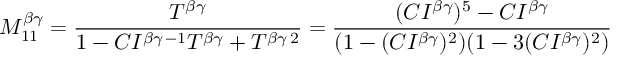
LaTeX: M _ { 1 1 } ^ { \beta \gamma } = \frac { T ^ { \beta \gamma } } { 1 - C I ^ { \beta \gamma \, - 1 } T ^ { \beta \gamma } + T ^ { \beta \gamma \, 2 } } = \frac { ( C I ^ { \beta \gamma } ) ^ { 5 } - C I ^ { \beta \gamma } } { ( 1 - ( C I ^ { \beta \gamma } ) ^ { 2 } ) ( 1 - 3 ( C I ^ { \beta \gamma } ) ^ { 2 } ) }